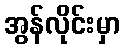
အွန်လိုင်းမှာ